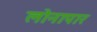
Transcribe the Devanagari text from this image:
लोनापार